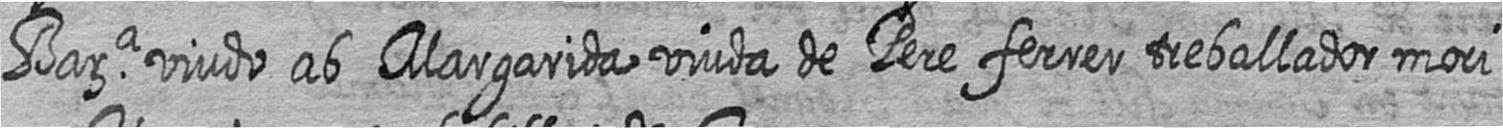
Bara viudo ab Margarida viuda de Pere ferrer treballador mori